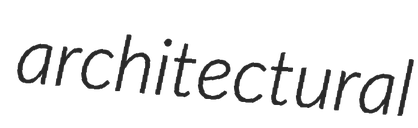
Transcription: architectural